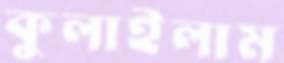
কুলাইলাম